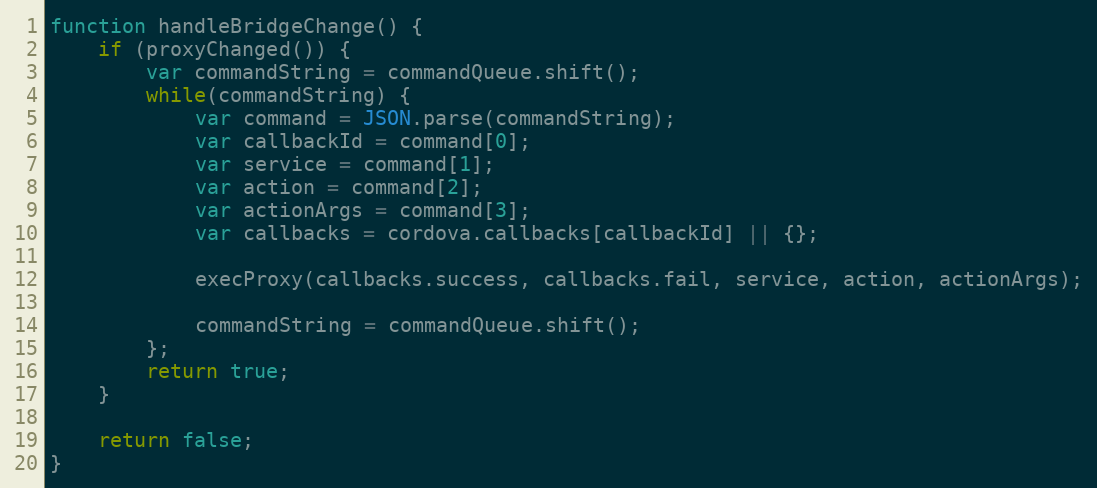
Language: JavaScript
function handleBridgeChange() {
    if (proxyChanged()) {
        var commandString = commandQueue.shift();
        while(commandString) {
            var command = JSON.parse(commandString);
            var callbackId = command[0];
            var service = command[1];
            var action = command[2];
            var actionArgs = command[3];
            var callbacks = cordova.callbacks[callbackId] || {};

            execProxy(callbacks.success, callbacks.fail, service, action, actionArgs);

            commandString = commandQueue.shift();
        };
        return true;
    }

    return false;
}